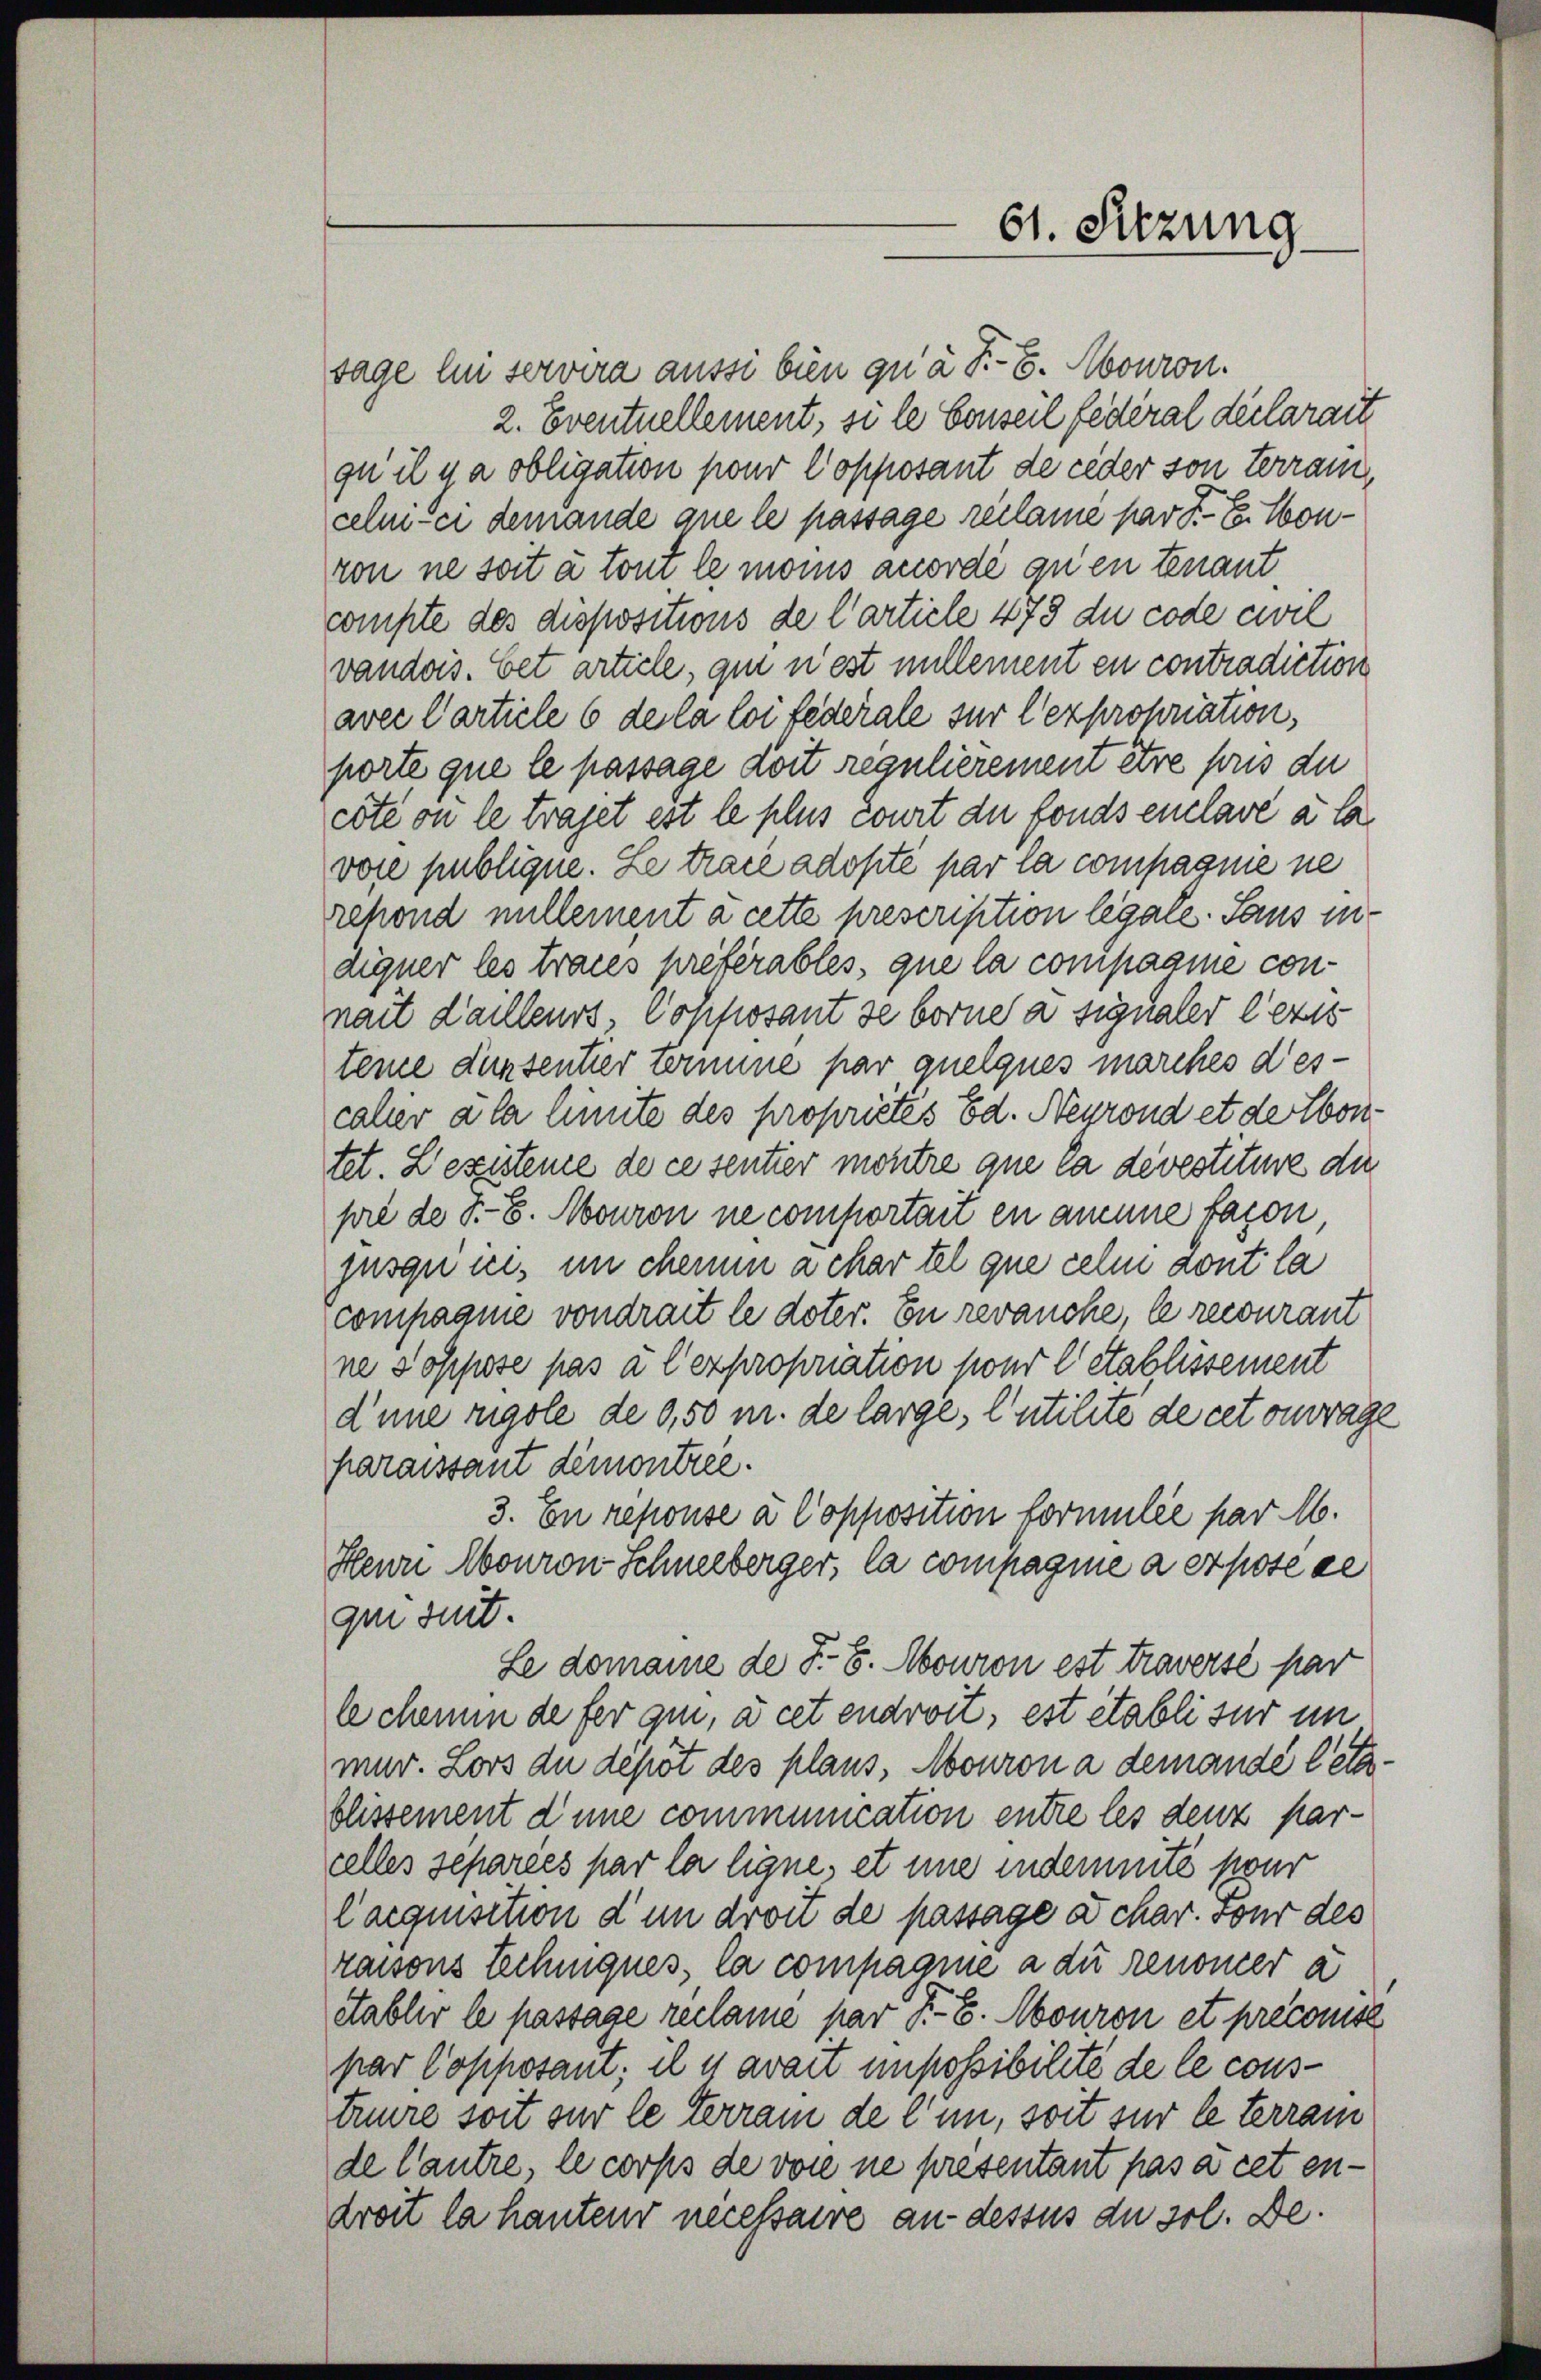
61. Sitzung

sage lui servira aussi bien qu’à P.S. Mouron.
2. Eventuellement, si le Conseil fédéral déclarait
qu’il y a obligation pour Copposant de ceder son terrain
celi-ci demande ane le passage reclame par F. L. Convon ne soit à toi le mois accordé que tenant
compte des dispositions de l’article 478 du code civil
vandois. Cet article, qui n’est nullement en contradiction
aver Carticle 6 des la loi federale sur l’expropriation,
porte que le passage doit regulierement être sous du
cote ou le traget est le plus court du fonds enclave à la
vose publique. Le trace adopté par la compagnie ne
refond nullement à cette prescription legale. Saus indigner les traces prétérables, que la compagnie connait d’ailleurs, Copposant de borne a signaler lezis
teme dunsentier termine par quelques marches descaher a la linnte des propriétés Ed. Negrond et de Contet. Zegistere de ce sentier montre que la devestiture die
pré de S. 8. Mouron ne comportait en amme façon
jusqu ici, in chemen a chartel que celi dont la
compagnie vondrait le doter. En revanche, le recourant
ne soppose pas à l’expropriation pour letablissement
d’une rigole de 9,50 m. de large, l’utilité de cet ouvrage
paraissant demontrée.
3. En repouse à Copposition formulie par M.
Heuri Mouron Schneeberger, la compagnie a expose se
qui suit.
Le domaine de F. v. Mouron est traversé par
le chemin de fer qui, à cet endroit, est établi sur im
mur. Lors du depot des plaus, Mouron a demandé letzblissement d’une communication entre les denz parcelles separées par la ligne, et une indemnité pour
Cacquisition d’un droit de passage dchar. Tour des
raisons Lechniques, la compagnie a du renoner à
Stablir le passage reclame par Fr. 6. Mouron et preconse
par Copposant; il y avait impossibilité de le coustrure soit sur le terrain de l’un, soit sur le terrai
de Cautre, le corps de vorne ne presentant pas à cet endroit la hauteur necessaire an dessus du sol. De